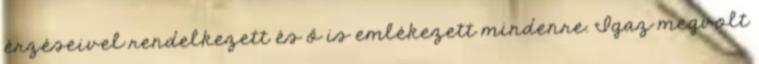
érzéseivel rendelkezett és ő is emlékezett mindenre. Igaz megvolt